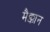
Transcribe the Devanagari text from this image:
मैक्कान